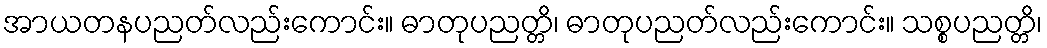
အာယတနပညတ်လည်းကောင်း။ ဓာတုပညတ္တိ၊ ဓာတုပညတ်လည်းကောင်း။ သစ္စပညတ္တိ၊